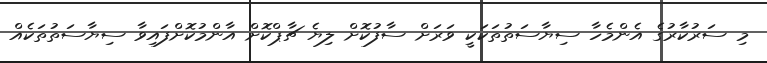
މި ސަރުކާރުގެ އެންމެހާ ސިޔާސަތުތަކަކީ ވަރަށް ސާފުކޮށް ލިޔެ ޗާޕްކޮށް އާންމުކޮށްފައިވާ ސިޔާސަތުތަކެއް